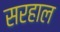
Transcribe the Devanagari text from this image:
सरहाल